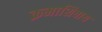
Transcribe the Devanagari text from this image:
क्रमाशिवाय